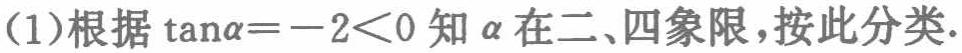
(1)根据\(\tan\alpha = - 2<0\)知\(\alpha\)在二、四象限，按此分类.